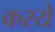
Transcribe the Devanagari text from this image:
करये